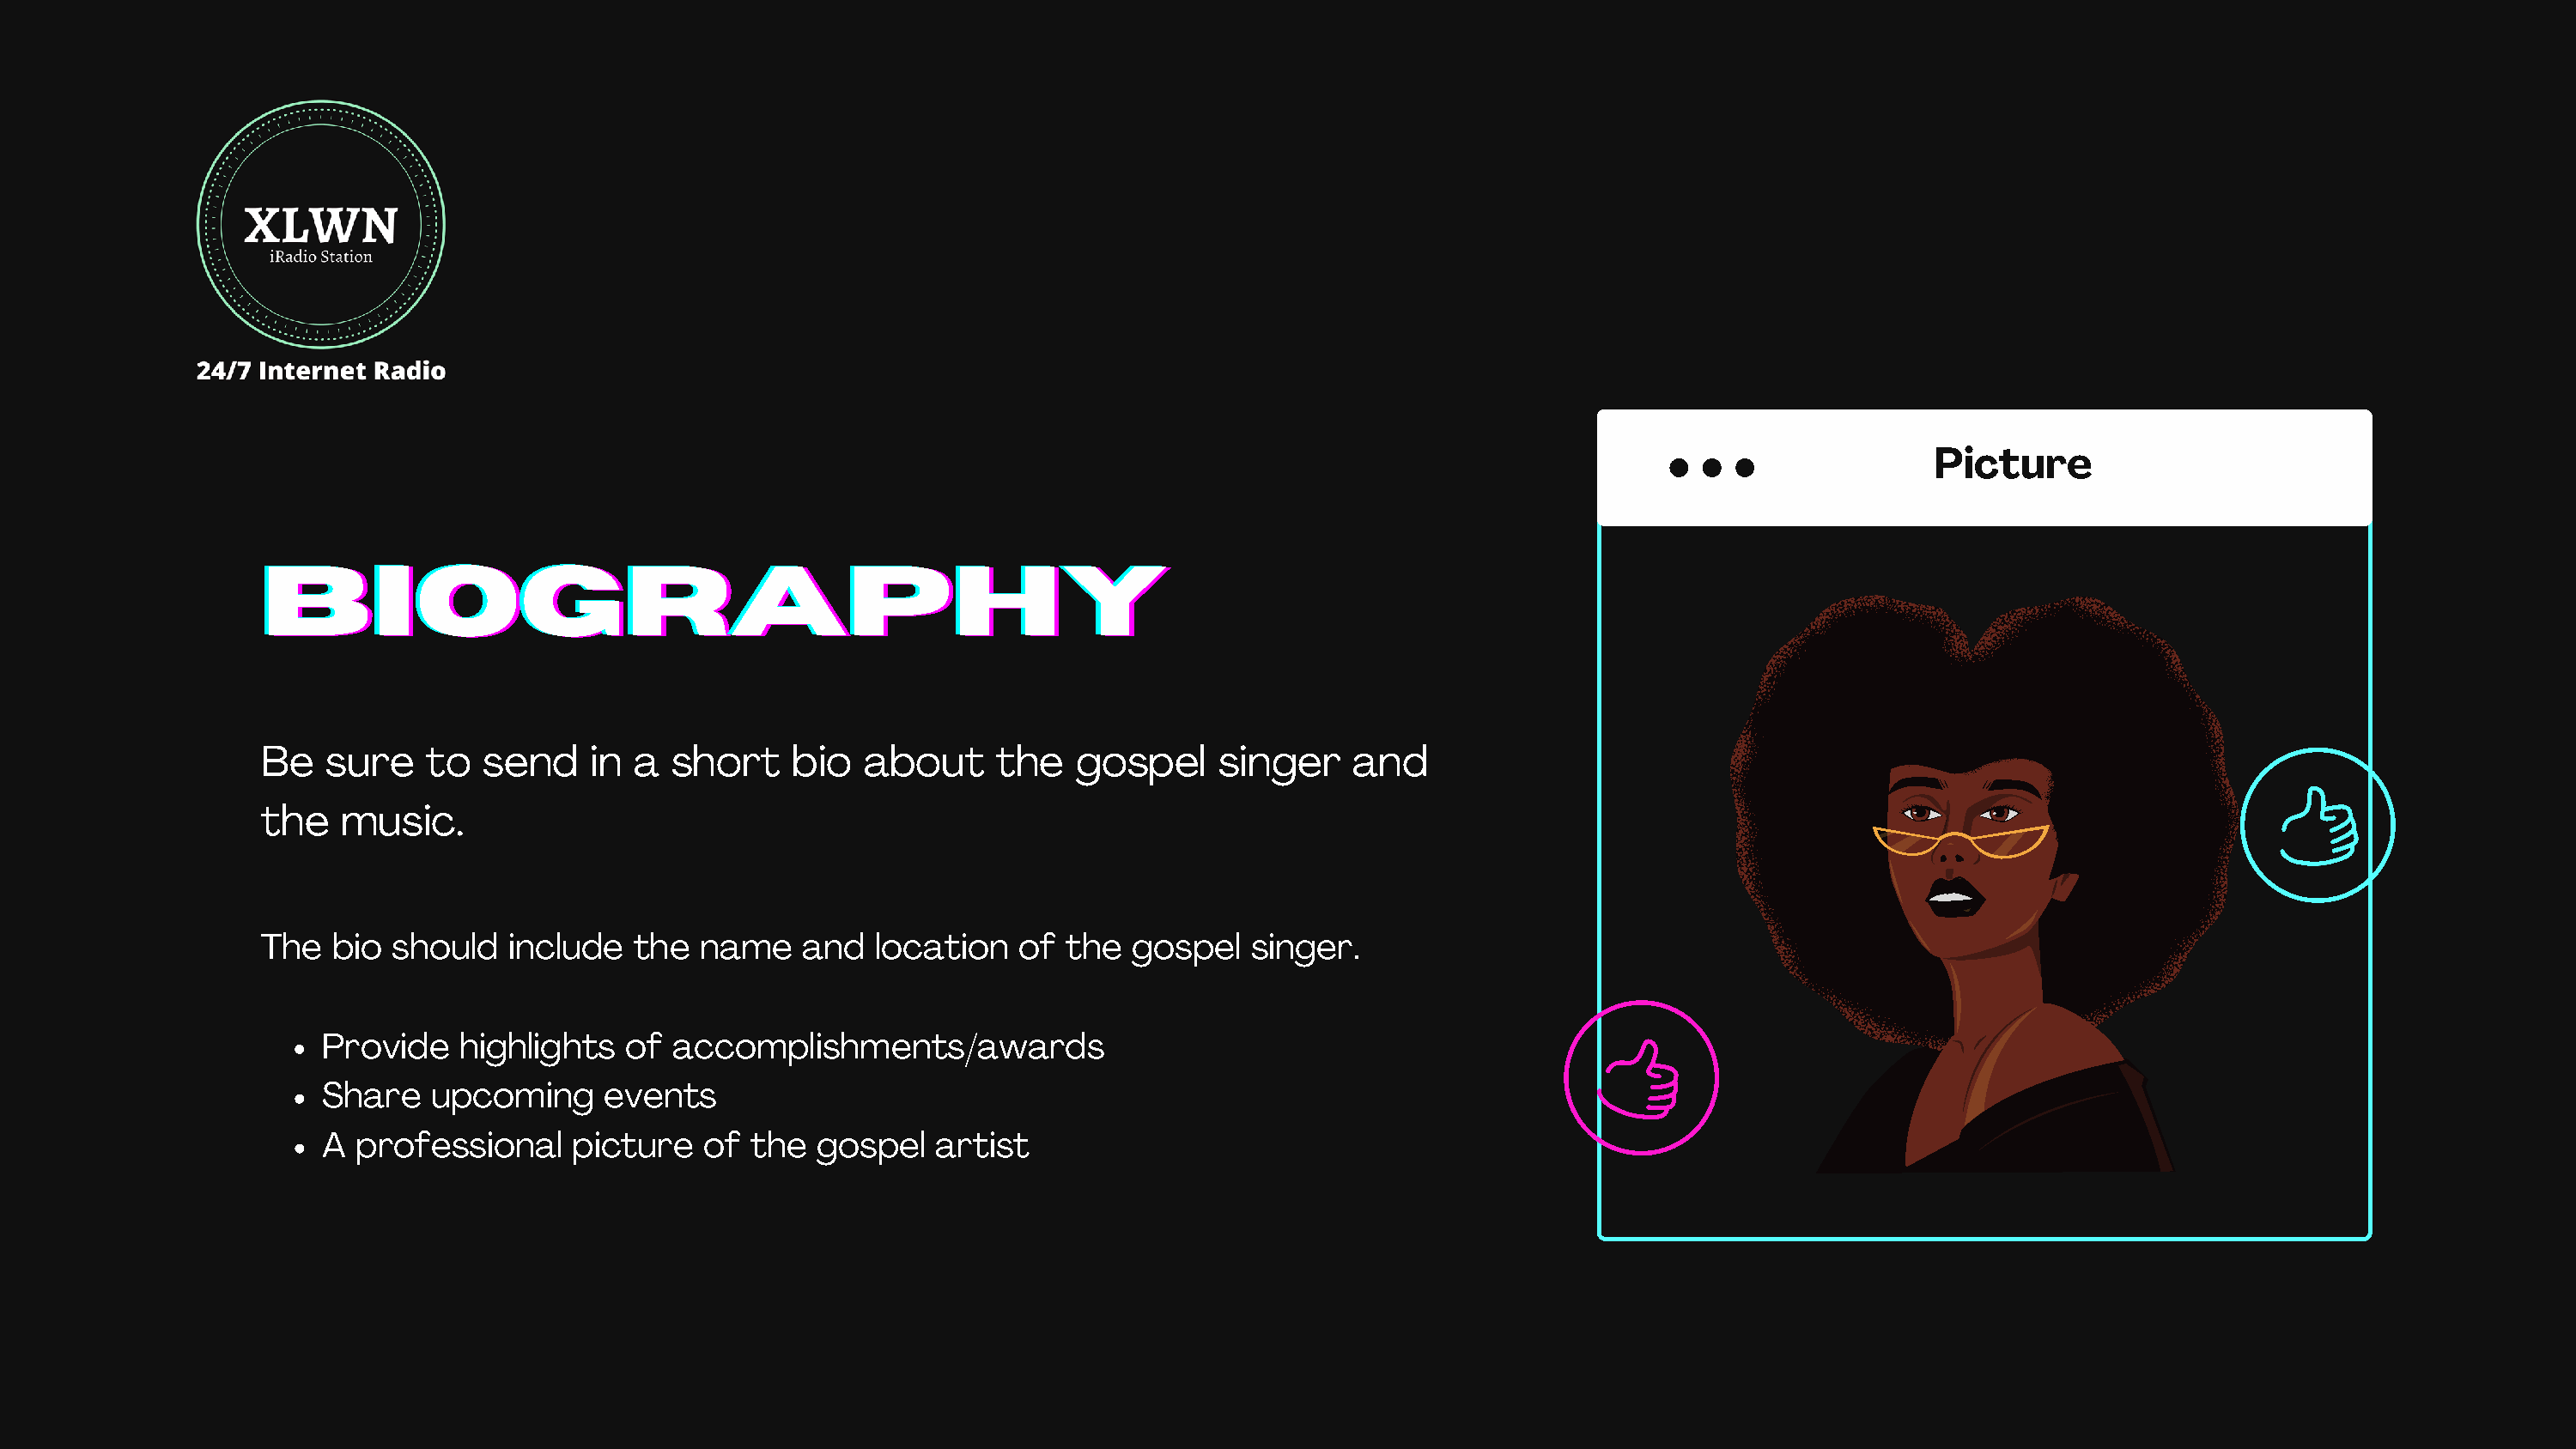
Picture
 BBBIIIOOOGGGRRRAAAPPPHHHYYY
 Be   sure    to  send     in a  short    bio   about     the   gospel     singer    and
 the   music.
 The   bio should   include   the  name    and  location    of the  gospel   singer.
 Provide   highlights   of  accomplishments/awards
 Share   upcoming      events
 A professional     picture   of  the  gospel   artist